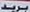
برید